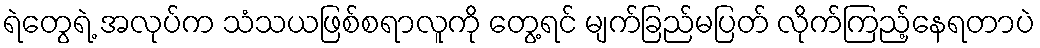
ရဲတွေရဲ့ အလုပ်က သံသယဖြစ်စရာလူကို တွေ့ရင် မျက်ခြည်မပြတ် လိုက်ကြည့်နေရတာပဲ